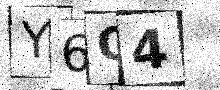
Text: Y6O4